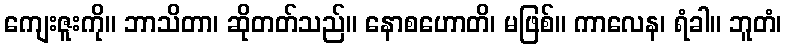
ကျေးဇူးကို။ ဘာသိတာ၊ ဆိုတတ်သည်။ နောစဟောတိ၊ မဖြစ်။ ကာလေန၊ ရံခါ။ ဘူတံ၊